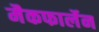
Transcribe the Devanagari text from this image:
मैकफार्लेन